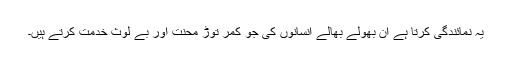
یہ نمائندگی کرتا ہے اُن بھولے بھالے انسانوں کی جو کمر توڑ محنت اور بے لوث خدمت کرتے ہیں۔